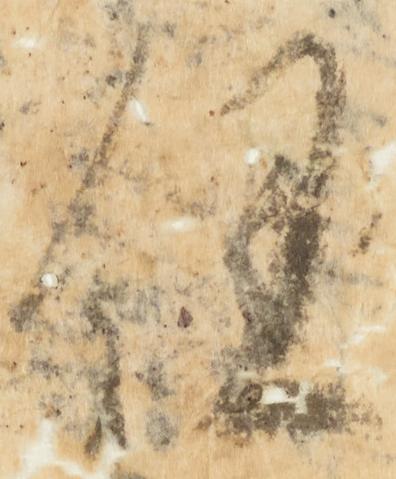
任